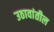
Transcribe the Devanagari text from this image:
उठावांतील